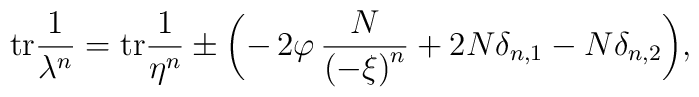
{\rm tr}\frac{1}{\lambda^n}={\rm tr}\frac{1}{\eta^n}\pm\biggl(-\,2\varphi\,\frac{N}{\left(-\xi\right)^n}+2N\delta_{n,1}-N\delta_{n,2}\biggl),